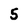
Character: 5